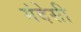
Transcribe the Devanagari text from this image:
मंदेसी